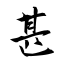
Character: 甚